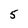
Character: 5